Leaving Certificate Examination, 1902
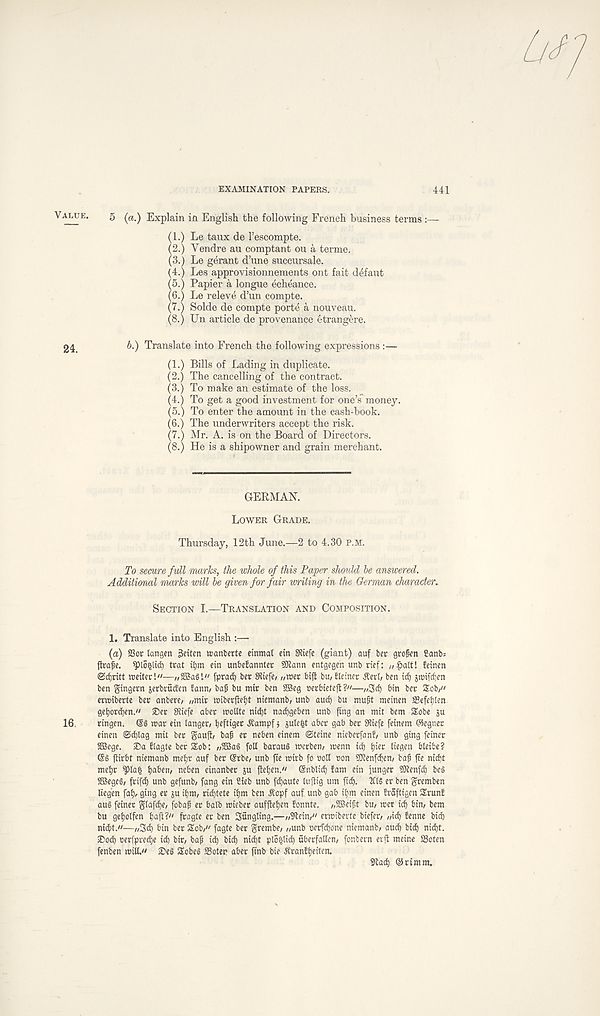
EXAMINATION PAPERS.
441
ALUE - 5 (a.) Explain in English the following French business terms :—
(1.) Le taux de 1’escompte.
(2.) Yendre au comptant ou a terme.
(3.) Le gerant d’une succursale.
(4.) Les approvisionnements ont fait defaut
(5.) Papier a longue echeance.
(6.) Le releve d’un compte.
(7.) Solde de compte porte a nouveau.
(8.) Un article de provenance etrangere.
24
b.) Translate into French the following expressions :—
(1.) Bills of Lading in duplicate.
(2.) The cancelling of the contract.
(3.) To make an estimate of the loss.
(4.) To get a good investment for one’s money.
(5.) To enter the amount in the cash-book.
(6.) The underwriters accept the risk.
(7.) Mr. A. is on the Board of Directors.
(8.) He is a shipowner and grain merchant.
GERMAN.
Lower Grade.
Thursday, 12th June.—2 to 4.30 p.m.
To secure full marks, the whole of this Paper should be answered.
Additional marks will be given for fair writing in the German character.
Section I.—Translation and Composition.
1. Translate into English :—
(a) S3or langcn jkiten fcanberte einmal dn Sfiefe (giant) auf bei * grofkn 8anb=
jlrafie.
trat tym cin unbelanntcr SKann cntgegcn unb ricf:
fcinen
@cf)ritt wetter 1"—/,2Sa$!" farad) ber SJiefe, /; n)er bijt bu, fteiner ^ert/ ben id) jwtfdien
ben Singern jerbructen !ann/ ba^ bu mit ben 2Seg rerbieteft ?"—„3d) bin ber Sob,"
erwiberte ber anbere, ,,mir wiberfrebt niemanb, unb aud) bu muft meinen SBefebten
gebordjen." ®er Stiefe aber wotlte nidjt nadjgeben unb ftng an mit bem Sobe gu
16, ringen. war ein langer, beftiger Jtampf j jule|t aber gab ber SBi efe feinem (Segtier
einen @d)lag mit ber gaufi, baf er neben einem ©teine nicberfan!, unb ging feiner
Sffiege. 2)a ftagte ber Sob: „SBa§ foil barauS wcrben, wenn id) bkc hegen bleibe?
<§§ fiirbt niemanb mebr auf ber @rbe, unb fte wirb fo roll ton SQtenfdjen, taf fte nidit
mebr ^la| fyaUn, neben einanber ju fteben." ©nblicb fam ein junger SKenfcb bed
SBeged, frifd) unb gefunb, fang ein Sieb unb fdjaute tujtig urn fid). 2ttd er ben grcmben
lieg' en fab, ging er ju ibm, ridjtete ibm ben Jiopf auf unb gab fam einen fraftigen SrunE
aud feinet giafdje, fobajs er batb wieber auffteben fonnte. „9Beift bu, wer id) bin, bem
bu gebolfen ball?" fragtc er ben Sungting.—„9lein," erwiberte biefer, „id) !enne bid)
nidbt."—„Sd) bin ber Sob," fagte ber grembe, „unb terfdjone niemanb, aucb bid) nid)t.
®od) terfarecbe id) bir, baf id) bid) nid)t plo^tid) uberfallen, fonbern erft meine SSoten
fenben wilt." iDed Scbed SSoter aber finb bie ^ranEbeiten.
fRad) ©rimm.